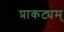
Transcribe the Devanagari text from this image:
प्राकट्यम्